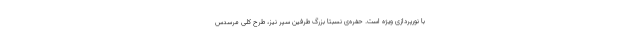
با نورپردازی ویژه است. حفره‌ی نسبتا بزرگ طرفین سپر نیز، طرح کلی مرسدس